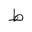
Letter: _da